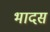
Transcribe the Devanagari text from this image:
भादसं